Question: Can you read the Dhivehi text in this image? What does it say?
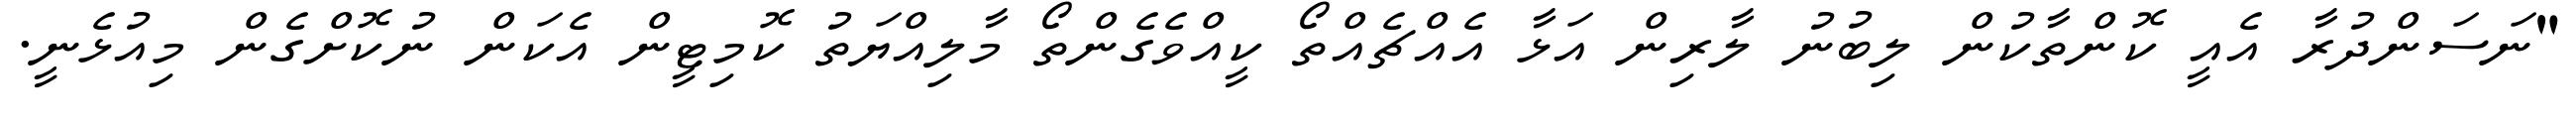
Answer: "ނަސަންދުރާ އެއީ ކޮންތާކުން ލިބުނު ލާރިން އަޅާ އެއްޗެއްތޯ ކީއްވެގެންތޯ މާލިއްޔަތު ކޮމިޓީން އެކަން ނުކޮށްގެން މިއުޅެނީ.